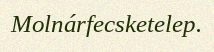
Molnárfecsketelep.